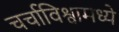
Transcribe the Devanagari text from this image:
चर्चाविश्वामध्ये